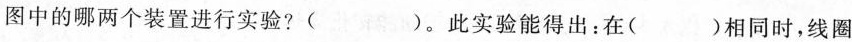
图中的哪两个装置进行实验?( )。此实验能得出：在( )相同时，线圈